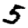
Digit: 5